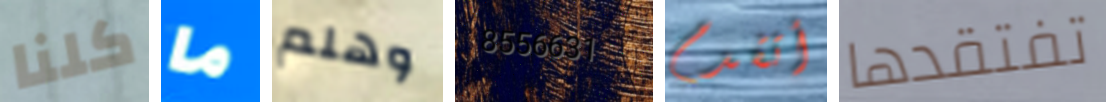
كلنا ما وهلم 8556631 أتقدم تفتقدها